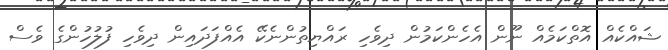
ޝައްކެއް އޮތްކަމެއް ނޫން އެހެންކަމުން ދިވެހި ރައްޔިތުންނެކޭ އެއްފަދައިން ދިވެހި ފުލުހުންގެ ވެސް